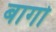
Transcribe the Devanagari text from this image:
बागोँ